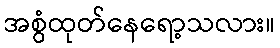
အစွံထုတ်နေရော့သလား။